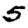
Digit: 5